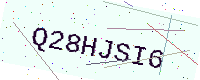
Text: Q28HJSI6